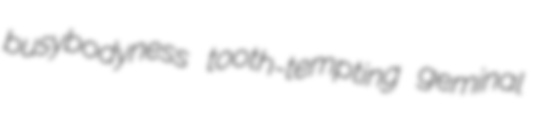
busybodyness tooth-tempting geminal